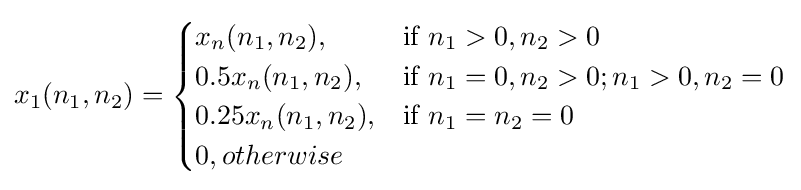
x_{1}(n_{1},n_{2})={\begin{cases}x_{n}(n_{1},n_{2}),&{\mbox{if }}n_{1}>0,n_{2}>0\\0.5x_{n}(n_{1},n_{2}),&{\mbox{if }}n_{1}=0,n_{2}>0;n_{1}>0,n_{2}=0\\0.25x_{n}(n_{1},n_{2}),&{\mbox{if }}n_{1}=n_{2}=0\\0,otherwise\end{cases}}